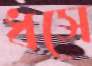
ধসে